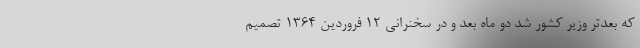
که بعدتر وزیر کشور شد دو ماه بعد و در سخنرانی 12 فروردین 1364 تصمیم